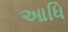
આધિ